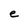
Character: e